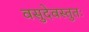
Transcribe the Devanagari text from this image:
वसुदेवस्तुतः